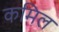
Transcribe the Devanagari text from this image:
कमिल